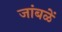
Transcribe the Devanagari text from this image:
जांबळें